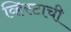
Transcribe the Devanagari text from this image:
व्हिस्टाची